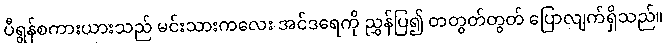
ပီရွန်စကားယားသည် မင်းသားကလေး အင်ဒရေကို ညွှန်ပြ၍ တတွတ်တွတ် ပြောလျက်ရှိသည်။